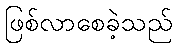
ဖြစ်လာစေခဲ့သည်